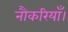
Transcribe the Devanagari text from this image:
नौकरियाँ।